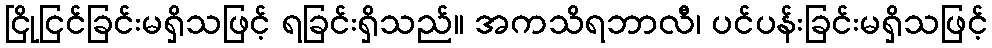
ငြိုငြင်ခြင်းမရှိသဖြင့် ရခြင်းရှိသည်။ အကသိရဘာလီ၊ ပင်ပန်းခြင်းမရှိသဖြင့်